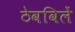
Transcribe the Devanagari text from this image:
ठेवविलें